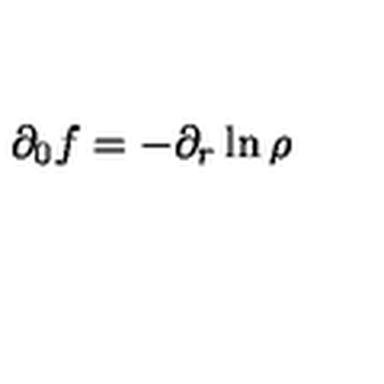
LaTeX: \partial _ { 0 } f = - \partial _ { r } \ln \rho